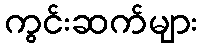
ကွင်းဆက်များ